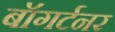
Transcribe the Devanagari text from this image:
बॉगर्टनर